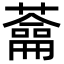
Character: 𦿈